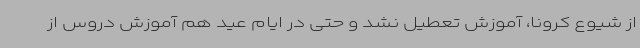
از شیوع کرونا، آموزش تعطیل نشد و حتی در ایام عید هم آموزش دروس از